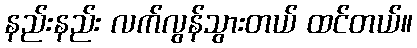
နည်းနည်း လက်လွန်သွားတယ် ထင်တယ်။